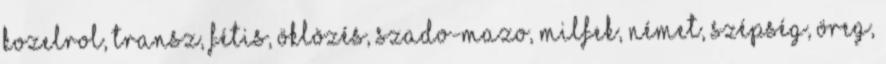
kozelrol, transz, fétis, öklözés, szado-mazo, milfek, német, szépség, öreg,